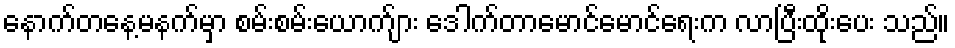
နောက်တနေ့မနက်မှာ စမ်းစမ်းယောက်ျား ဒေါက်တာမောင်မောင်ရေးက လာပြီးထိုးပေး သည်။